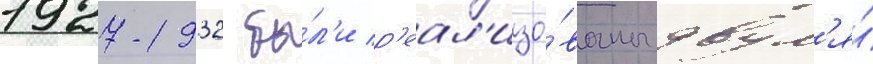
1927-1932 бы́л'и р'еал'изо́ваны двум'я́